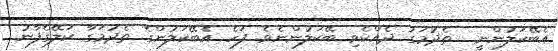
އެބޭކަލުންނީ  ތެދުމަގު ދެއްކެވި ބޭކަލުންނެވެ. ފަހެ އެބޭކަަލުންގެ ތެދުމަގާ ކަލޭގެފާނު